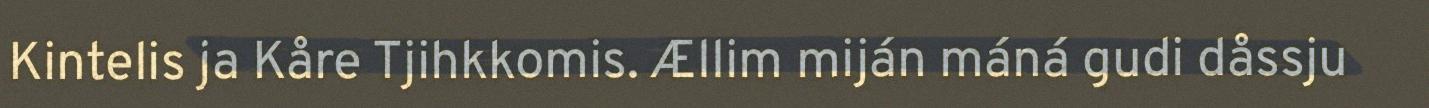
Kintelis ja Kåre Tjihkkomis. Ællim miján máná gudi dåssju